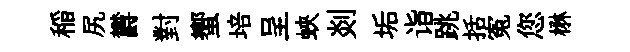
稲尻欝對蠁培呈蛺剡垢诣跳括寃您楙